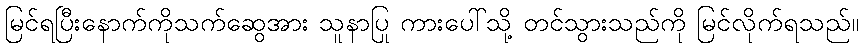
မြင်ရပြီးနောက်ကိုသက်ဆွေအား သူနာပြု ကားပေါ်သို့ တင်သွားသည်ကို မြင်လိုက်ရသည်။